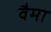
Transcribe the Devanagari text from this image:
वैमा